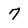
Character: 7